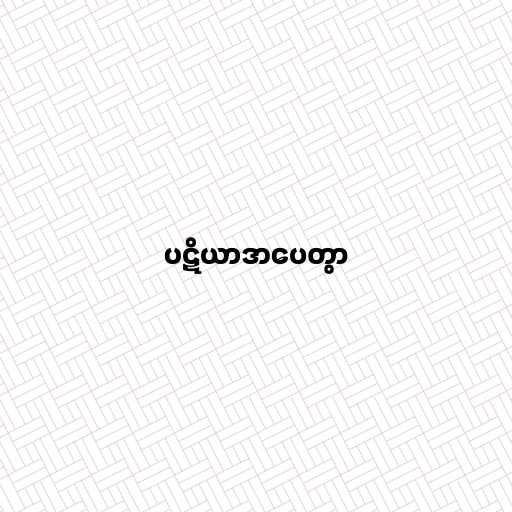
ပဋိယာဒာပေတွာ